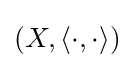
(X,\langle \cdot ,\cdot \rangle )